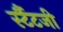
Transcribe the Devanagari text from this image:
र्स्टैटजी